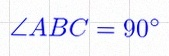
\angle ABC=90^\circ